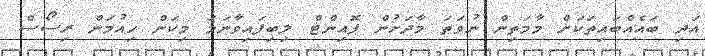
އަދި ބައެއްބައިތަކަށް މާމަތިން ނުވަތަ މާދަށުން ޕޮއިންޓް ލިބިފައިވާނަމަ މިކަން ހިއުމަން ރިސޯސް